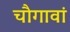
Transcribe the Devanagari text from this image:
चौगावां